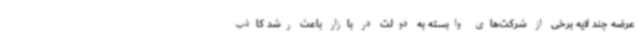
عرضه چند لایه برخی از شرکت‌های وابسته به دولت در بازار باعث رشد کاذب